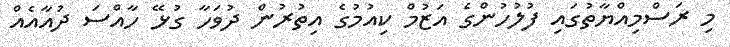
މި ރަސްމިއްޔާތުގައި ފުލުހުންގެ އަޒުމް ކިއުމުގެ އިތުރުން ދުވަހާ ގުޅޭ ހާއްސަ ދުއާއެއް